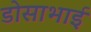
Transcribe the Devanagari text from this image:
डोसाभाई